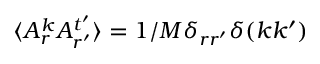
\langle A _ { r } ^ { k } A _ { r ^ { \prime } } ^ { t ^ { \prime } } \rangle = 1 / M \delta _ { r r ^ { \prime } } \delta ( k k ^ { \prime } )